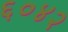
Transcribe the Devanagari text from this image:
६०४२